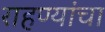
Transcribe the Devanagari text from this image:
राहण्यांचा